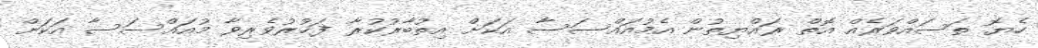
ހެޔޮ ތަސައްވަރެއް އޮތް ރައްޔިތުން އެމުއައްސަސާ އަކަށް އިތުބާރުކުރާ ފަޚުރުވެރިވާ މުއައްސަސާ އަކަށް